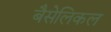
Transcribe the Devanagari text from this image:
बैसेलिकल